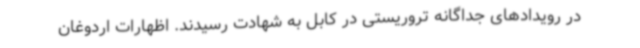
در رویدادهای جداگانه تروریستی در کابل به شهادت رسیدند. اظهارات اردوغان